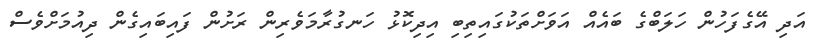
އަދި އޭގެފަހުން ހަލަބްގެ ބައެއް އަވަށްތަކުގައިތިބި އިދިކޮޅު ހަނގުރާމަވެރިން ރަށުން ފައިބައިގެން ދިއުމަށްވެސް